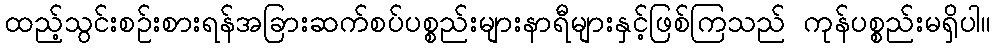
ထည့်သွင်းစဉ်းစားရန်အခြားဆက်စပ်ပစ္စည်းများနာရီများနှင့်ဖြစ်ကြသည် ကုန်ပစ္စည်းမရှိပါ။